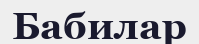
Бабилар